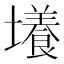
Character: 𡒶